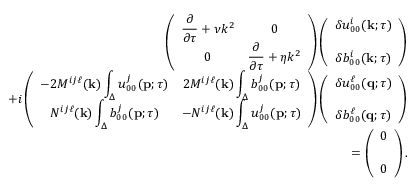
\begin{array} { r l r } & { } & { { \everymath { \displaystyle } \left( { \begin{array} { c c } { \frac { \partial } { \partial \tau } + \nu k ^ { 2 } } & { 0 } \\ { 0 } & { \frac { \partial } { \partial \tau } + \eta k ^ { 2 } } \end{array} } \right) } \left( { \begin{array} { c c } { \delta u _ { 0 0 } ^ { i } ( { \bf { k } } ; \tau ) } \\ { \delta b _ { 0 0 } ^ { i } ( { \bf { k } } ; \tau ) \rule { 0 ex } { 5 ex } } \end{array} } \right) } \\ & { } & { { \everymath { \displaystyle } + i \left( { \begin{array} { c c } { - 2 M ^ { i j \ell } ( { \bf { k } } ) \int _ { \Delta } u _ { 0 0 } ^ { j } ( { \bf { p } } ; \tau ) } & { 2 M ^ { i j \ell } ( { \bf { k } } ) \int _ { \Delta } b _ { 0 0 } ^ { j } ( { \bf { p } } ; \tau ) } \\ { N ^ { i j \ell } ( { \bf { k } } ) \int _ { \Delta } b _ { 0 0 } ^ { j } ( { \bf { p } } ; \tau ) } & { - N ^ { i j \ell } ( { \bf { k } } ) \int _ { \Delta } u _ { 0 0 } ^ { j } ( { \bf { p } } ; \tau ) } \end{array} } \right) \left( { \begin{array} { c } { \delta u _ { 0 0 } ^ { \ell } ( { \bf { q } } ; \tau ) } \\ { \delta b _ { 0 0 } ^ { \ell } ( { \bf { q } } ; \tau ) \rule { 0 ex } { 5 ex } } \end{array} } \right) } } \\ & { } & { = \left( { \begin{array} { c } { 0 } \\ { 0 \rule { 0 ex } { 5 ex } } \end{array} } \right) . } \end{array}